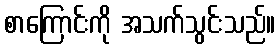
စာကြောင်းကို အသက်သွင်းသည်။